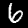
Label: 6